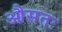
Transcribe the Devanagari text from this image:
औसतः